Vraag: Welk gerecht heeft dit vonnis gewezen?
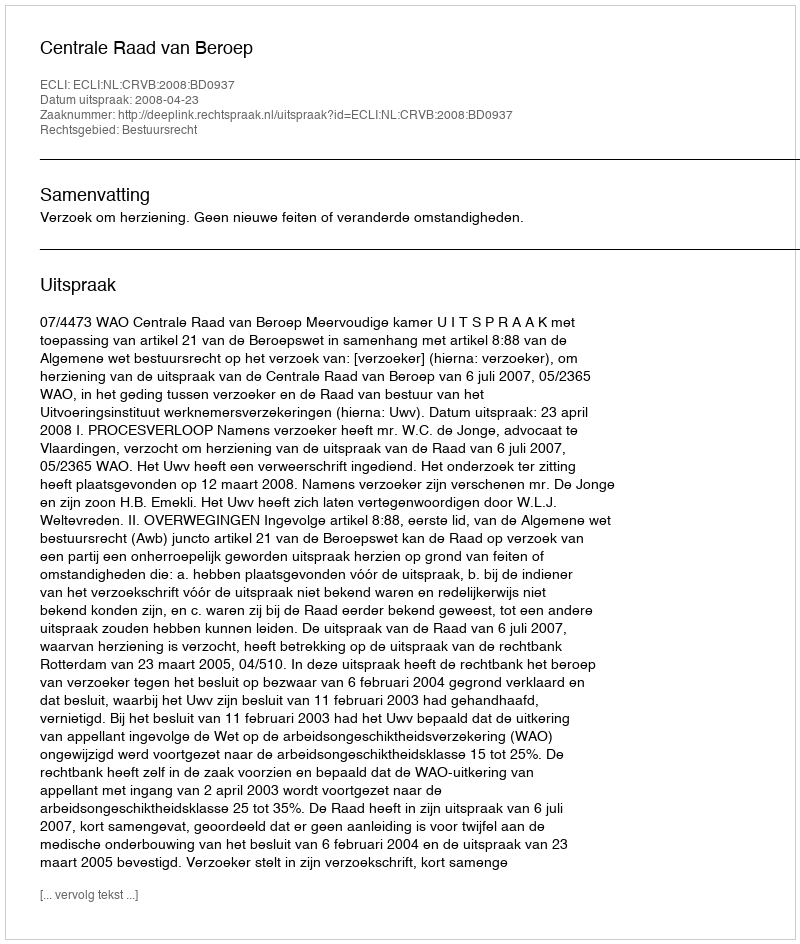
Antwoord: Centrale Raad van Beroep